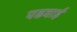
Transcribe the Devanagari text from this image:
पढवाई